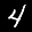
Label: 4